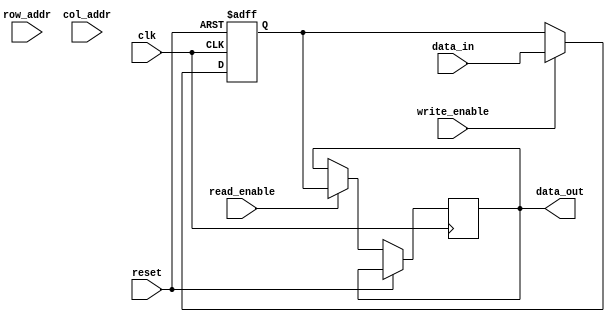
module sequential_logic_DRAM (
    input wire clk,
    input wire reset,
    input wire [ROW_ADDRESS_WIDTH-1:0] row_addr,
    input wire [COLUMN_ADDRESS_WIDTH-1:0] col_addr,
    input wire read_enable,
    input wire write_enable,
    input wire data_in,
    output reg data_out
);

parameter ROW_ADDRESS_WIDTH = 8;
parameter COLUMN_ADDRESS_WIDTH = 8;

reg [ROW_ADDRESS_WIDTH-1:0] row_address_reg;
reg [COLUMN_ADDRESS_WIDTH-1:0] col_address_reg;
reg data_reg;

always @(posedge clk or posedge reset) begin
    if (reset) begin
        row_address_reg <= 0;
        col_address_reg <= 0;
        data_reg <= 0;
    end else begin
        row_address_reg <= row_addr;
        col_address_reg <= col_addr;
        if (read_enable) begin
            data_out <= data_reg;
        end
        if (write_enable) begin
            data_reg <= data_in;
        end
    end
end 

endmodule